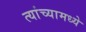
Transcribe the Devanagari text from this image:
त्‍यांच्‍यामध्‍ये